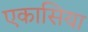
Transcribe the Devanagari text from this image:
एकासिया